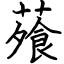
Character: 蕵